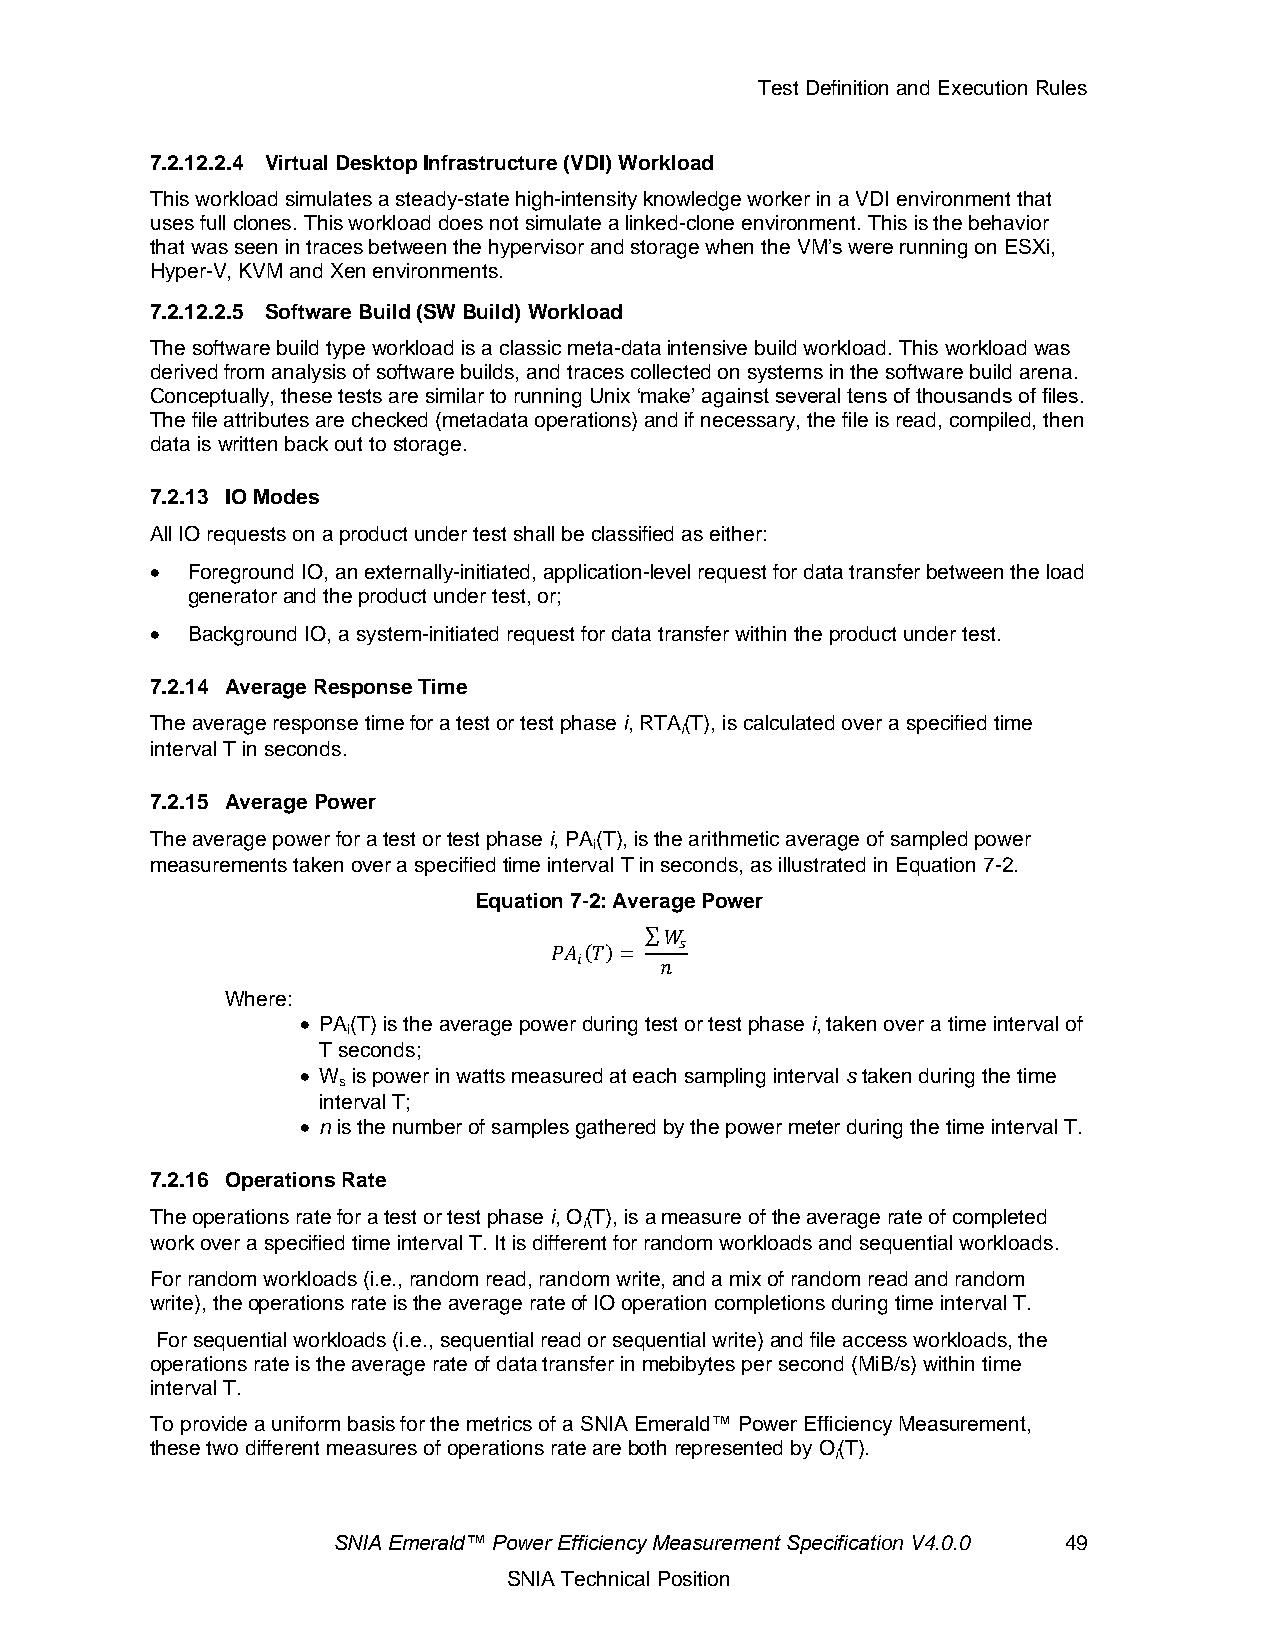
Test Definition and Execution Rules
 7.2.12.2.4 Virtual Desktop Infrastructure (VDI) Workload
 This workload simulates a steady-state high-intensity knowledge worker in a VDI environment that
 uses full clones. This workload does not simulate a linked-clone environment. This is the behavior
 that was seen in traces between the hypervisor and storage when the VM’s were running on ESXi,
 Hyper-V, KVM and Xen environments.
 7.2.12.2.5 Software Build (SW Build) Workload
 The software build type workload is a classic meta-data intensive build workload. This workload was
 derived from analysis of software builds, and traces collected on systems in the software build arena.
 Conceptually, these tests are similar to running Unix ‘make’ against several tens of thousands of files.
 The file attributes are checked (metadata operations) and if necessary, the file is read, compiled, then
 data is written back out to storage.
 7.2.13 IO Modes
 All IO requests on a product under test shall be classified as either:
 • Foreground IO, an externally-initiated, application-level request for data transfer between the load
 generator and the product under test, or;
 • Background IO, a system-initiated request for data transfer within the product under test.
 7.2.14 Average Response Time
 The average response time for a test or test phase i, RTA(T), is calculated over a specified time
 i
 interval T in seconds.
 7.2.15 Average Power
 The average power for a test or test phase i, PA(T), is the arithmetic average of sampled power
 i
 measurements taken over a specified time interval T in seconds, as illustrated in Equation 7-2.
 Equation 7-2: Average Power
 ∑𝑊
 𝑃𝐴 (𝑇)=  𝑠
 𝑖     𝑛
 Where:
 • PA(T) is the average power during test or test phase i, taken over a time interval of
 i
 T seconds;
 • W is power in watts measured at each sampling interval s taken during the time
 s
 interval T;
 • n is the number of samples gathered by the power meter during the time interval T.
 7.2.16 Operations Rate
 The operations rate for a test or test phase i, O(T), is a measure of the average rate of completed
 i
 work over a specified time interval T. It is different for random workloads and sequential workloads.
 For random workloads (i.e., random read, random write, and a mix of random read and random
 write), the operations rate is the average rate of IO operation completions during time interval T.
 For sequential workloads (i.e., sequential read or sequential write) and file access workloads, the
 operations rate is the average rate of data transfer in mebibytes per second (MiB/s) within time
 interval T.
 To provide a uniform basis for the metrics of a SNIA Emerald™ Power Efficiency Measurement,
 these two different measures of operations rate are both represented by O(T).
 i
 SNIA Emerald™ Power Efficiency Measurement Specification V4.0.0 49
 SNIA Technical Position